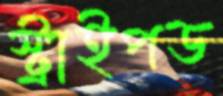
স্ট্রাইপড